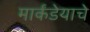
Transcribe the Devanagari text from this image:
मार्कंडेयाचे